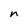
Character: n